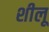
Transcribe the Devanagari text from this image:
शीलू